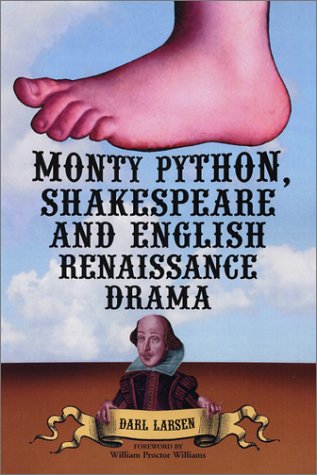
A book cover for Monty Python, Shakespeare and English Renaissance Drama; Darl Larsen; Humor & Entertainment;